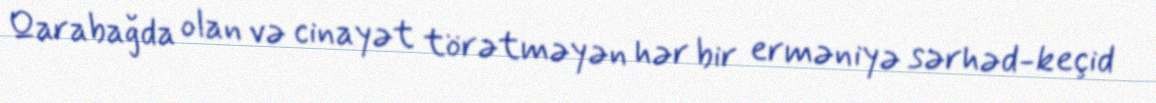
Qarabağda olan və cinayət törətməyən hər bir erməniyə sərhəd-keçid